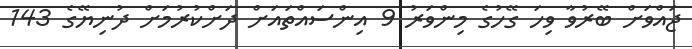
ޖައްވަށް ބޭރުވާ ވިހަ ގޭހުގެ މިންވަރު 9 އިންސައްތައަށް ދަށްކުރުމަށް ދުނިޔޭގެ 143